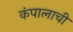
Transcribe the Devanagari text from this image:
कंपालाची